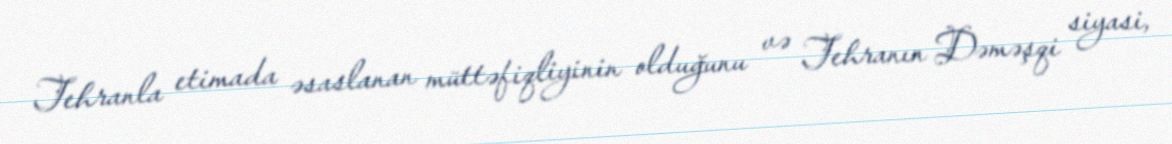
Tehranla etimada əsaslanan müttəfiqliyinin olduğunu və Tehranın Dəməşqi siyasi,